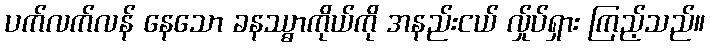
ပက်လက်လန် နေသော ခနဿ္ဓာကိုယ်ကို အနည်းငယ် လ်ှုပ်ရှား ကြည့်သည်။